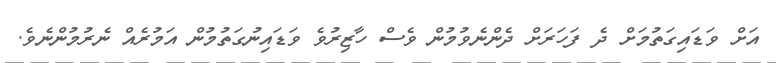
އަށް ވަޑައިގަތުމަށް ދެ ފަހަރަށް ދެންނެވުމުން ވެސް ހާޒިރުވެ ވަޑައިނުގަތުމުން އަމުރެއް ނެރުމުންނެވެ.